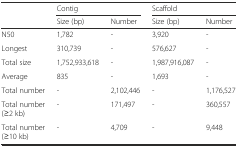
|  | <COLSPAN=2> Contig | <COLSPAN=2> Scaffold |
 |  | Size (bp) | Number | Size (bp) | Number |
 | --- | --- | --- | --- | --- |
 | N50 | 1,782 | - | 3,920 | - |
 | Longest | 310,739 | - | 576,627 | - |
 | Total size | 1,752,933,618 | - | 1,987,916,087 | - |
 | Average | 835 | - | 1,693 | - |
 | Total number | - | 2,102,446 | - | 1,176,527 |
 | Total number (≥2 kb) | - | 171,497 | - | 360,557 |
 | Total number (≥10 kb) | - | 4,709 | - | 9,448 |